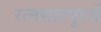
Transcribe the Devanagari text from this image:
रत्नसारपुरमें